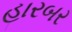
હારબર